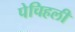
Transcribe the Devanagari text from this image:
पेचिहली